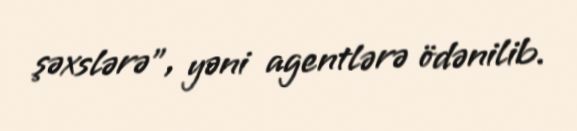
şəxslərə”, yəni agentlərə ödənilib.